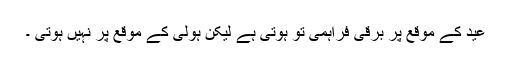
عید کے موقع پر برقی فراہمی تو ہوتی ہے لیکن ہولی کے موقع پر نہیں ہوتی ۔